Medical and sanitary report of the native army of Madras for the year
Year: 1876
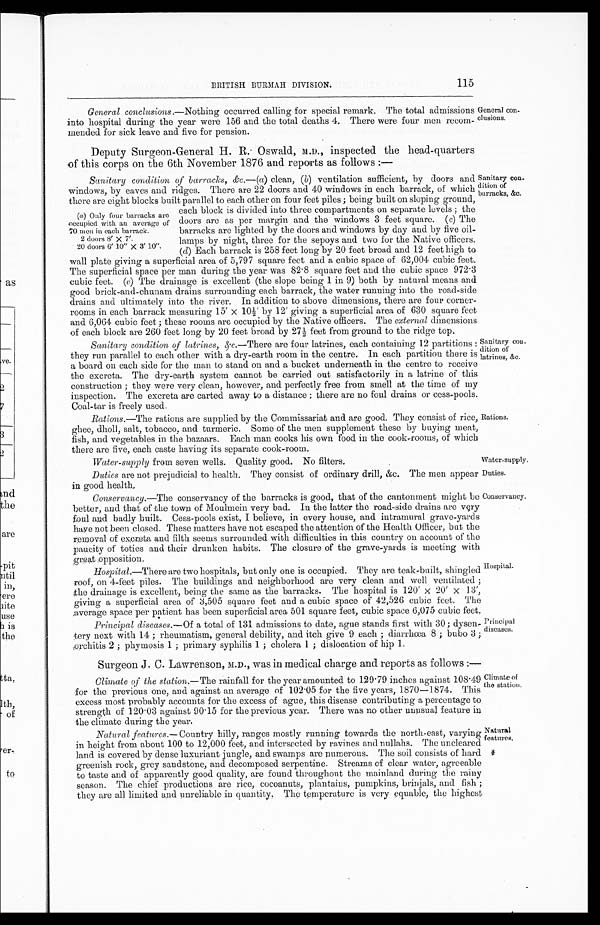
Water-supply from seven wells. Quality good. No filters.
Water-supply.
Duties.
Conservancy.
BRITISH BURMAH DIVISION.
115
General conclusions.— Nothing occurred calling for special remark. The total admissions
into hospital during the year were 156 and the total deaths 4. There were four men recom
-mended for sick leave and five for pension.
Deputy Surgeon-General H. R. Oswald, M.D., inspected the head-quarters
of this corps on the 6th November 1876 and reports as follows :—
Sanitary condition of barracks, &c.— (a) clean, (b) ventilation sufficient, by doors and
windows, by eaves and ridges. There are 22 doors and 40 windows in each barrack, of which
there are eight blocks built parallel to each other on four feet piles ; being built on sloping ground,
each block is divided into three compartments on separate levels ; the
doors are as per margin and the windows 3 feet square. ( c) The
barracks are lighted by the doors and windows by day and by five oil
-lamps by night, three for the sepoys and two for the Native officers.
(d) Each barrack is 258 feet long by 20 feet broad and 12 feet high to
wall plate giving a superficial area of 5,797 square feet and a cubic space of 62,004 cubic feet.
The superficial space per man during the year was 82.8 square feet and the cubic space 972.3
cubic feet. ( e) The drainage is excellent (the slope being 1 in 9) both by natural means and
good brick-and-chunam drains surrounding each barrack, the water running into the road-side
drains and ultimately into the river. In addition to above dimensions, there are four corner
-rooms in each barrack measuring 15'×10½' by 12' giving a superficial area of 630 square feet
and 6,064 cubic feet ; these rooms are occupied by the Native officers. The external dimension;
of each block are 260 feet long by 20 feet broad by 27 feet from ground to the ridge top.
Sanitary condition of latrines, &c.— There are four latrines, each containing 12 partitions:
they run parallel to each other with a dry-earth room in the centre. In each partition there is
a board on each side for the man to stand on and a bucket underneath in the centre to receive
the excreta. The dry-earth system cannot be carried out satisfactorily in a latrine of this
construction ; they were very clean, however, and perfectly free from smell at the time of my
inspection. The excreta are carted away to a distance ; there are no foul drains or cess-pools
. Coal-tar is freely used.
Rations.— The rations are supplied by the Commissariat and are good. They consist of rice,
ghee, dholl, salt, tobacco, and turmeric. Some of the men supplement these by buying meat,
fish, and vegetables in the bazaars. Each man cooks his own food in the cook-rooms, of which
there are five, each caste having its separate cook-room.
(a) Only four barracks are
occupied with an average of
70 men in each barrack.
2 doors 8' X 7'.
20 doors 6' 10" X 3' 10".
General con
-clusions.
sanitary con
-dition of
barracks, &c.
Sanitary con-
dition of
latrines, &c.
Rations.
Duties are not prejudicial to health. They consist of ordinary drill, &c. The men appear
in good health.
Conservancy.— The conservancy of the barracks is good, that of the cantonment might be
better, and that of the town of Moulmein very bad. In the latter the road-side drains are very
foul and badly built. Cess-pools exist, I believe, in every house, and intramural grave-yards
have not been closed. These matters have not escaped the attention of the Health Officer, but the
removal of excreta and filth seems surrounded with difficulties in this country on account of the
paucity of toties and their drunken habits. The closure of the grave-yards is meeting with
great opposition.
Hospital.— There are two hospitals, but only one is occupied. They are teak-built, shingled
roof, on 4-feet piles. The buildings and neighborhood are very clean and well ventilated ;
the drainage is excellent, being the same as the barracks. The hospital is 120'×20'×13',
giving a superficial area of 3,505 square feet and a cubic space of 42,526 cubic feet. The
average space Der Patient has been superficial area 501 souare feet cubic space 6,075 cubic feet.
Principal diseases.— Of a total of 131 admissions to date, ague stands first with 30; dysen
-tery next with 14 ; rheumatism, general debility, and itch give 9 each ; diarrhœa 8 ; bubo 3 ;
orchitis 2 ; phymosis 1 ; primary syphilis 1 ; cholera 1 ; dislocation of hip 1.
surgeon J . C. Lawrenson, M.D., was in medical charge and reports as follows :—
Climate of the station.— The rainfall for the year amounted to 129.79 inches against 108.49
for the previous one, and against an average of 102.05 for the five years, 1870—1874. This
excess most probably accounts for the excess of ague, this disease contributing a percentage to
strength of 120.03 against 90.15 for the previous year. There was no other unusual feature in
the climate during the year.
Natural features.— Country hilly, ranges mostly running towards the north-east, varying
in height from about 100 to 12,000 feet, and intersected by ravines and nullahs. The uncleared
land is covered by dense luxuriant jungle, and swamps are numerous. The soil consists of hard
greenish rock, grey sandstone, and decomposed serpentine. Streams of clear water, agreeable
to taste and of apparently good quality, are found throughout the mainland during the rainy
season. The chief productions are rice, cocoanuts, plantains, pumpkins, brinjals, and fish ;
they are all limited and unreliable in quantity. The temperature is very equable, the highest
Hospital.
Principal
diseases.
Climate of
the station.
Natural
features. *